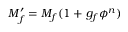
M _ { f } ^ { \prime } = M _ { f } ( 1 + g _ { f } \phi ^ { n } )